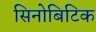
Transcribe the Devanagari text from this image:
सिनोबिटिक